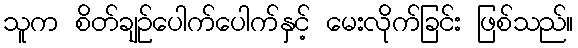
သူက စိတ်ချဉ်ပေါက်ပေါက်နှင့် မေးလိုက်ခြင်း ဖြစ်သည်။